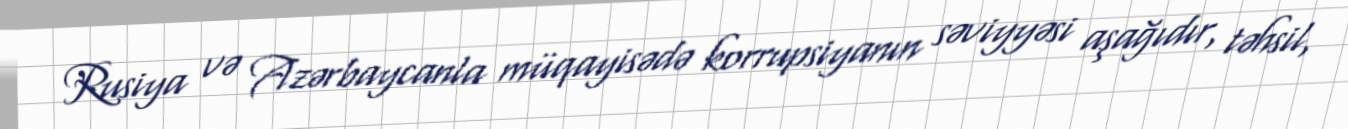
Rusiya və Azərbaycanla müqayisədə korrupsiyanın səviyyəsi aşağıdır, təhsil,